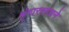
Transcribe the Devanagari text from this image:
शृंगारसाधने